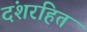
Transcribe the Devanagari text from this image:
दंशरहित